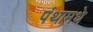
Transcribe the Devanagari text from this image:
पंथामधे